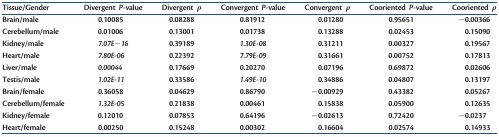
| Tissue/Gender | Divergent P-value | Divergentρ | Convergent P-value | Convergentρ | Cooriented P-value | Coorientedρ |
 | --- | --- | --- | --- | --- | --- | --- |
 | Brain/male | 0.10085 | 0.08288 | 0.81912 | 0.01280 | 0.95651 | −0.00366 |
 | Cerebellum/male | 0.01006 | 0.13001 | 0.01738 | 0.13288 | 0.02453 | 0.15090 |
 | Kidney/male | 7.07E−16 | 0.39189 | 1.30E-08 | 0.31211 | 0.00327 | 0.19567 |
 | Heart/male | 7.80E-06 | 0.22392 | 7.79E-09 | 0.31661 | 0.00752 | 0.17813 |
 | Liver/male | 0.00044 | 0.17669 | 0.20270 | 0.07196 | 0.69872 | 0.02606 |
 | Testis/male | 1.02E-11 | 0.33586 | 1.49E-10 | 0.34886 | 0.04807 | 0.13197 |
 | Brain/female | 0.36058 | 0.04629 | 0.86790 | −0.00929 | 0.43382 | 0.05267 |
 | Cerebellum/female | 1.32E-05 | 0.21838 | 0.00461 | 0.15838 | 0.05900 | 0.12635 |
 | Kidney/female | 0.12010 | 0.07853 | 0.64196 | −0.02613 | 0.72420 | −0.0237 |
 | Heart/female | 0.00250 | 0.15248 | 0.00302 | 0.16604 | 0.02574 | 0.14933 |